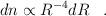
LaTeX: \begin{align*}dn\propto R^{-4}dR\,\,\,\,\,.\,\,\,\,\,\end{align*}